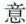
意